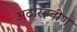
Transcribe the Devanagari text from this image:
अठारहवीण